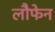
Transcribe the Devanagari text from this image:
लौफेन